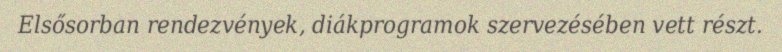
Elsősorban rendezvények, diákprogramok szervezésében vett részt.